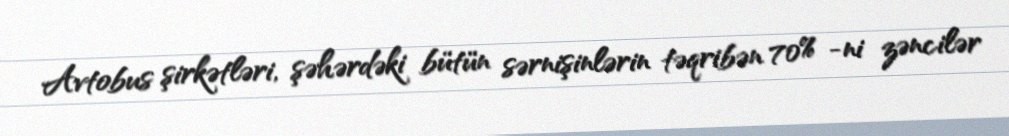
Avtobus şirkətləri, şəhərdəki bütün sərnişinlərin təqribən 70% -ni zəncilər